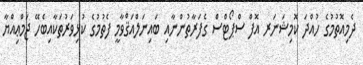
ދެމިއޮތުމުގެ ހުއްދަ ކޮމިޝަނަރ އޮފް ސްޕޯޓްސް ގެފަރާތުންނާއި ބައިނަލްއަޤްވާމީ ފެތުމުގެ ކުޅިވަރުތަކާއިބެހޭ ޖަމްޢިއްޔާ